Annual report on the working of the lock hospitals in the Central Provinces
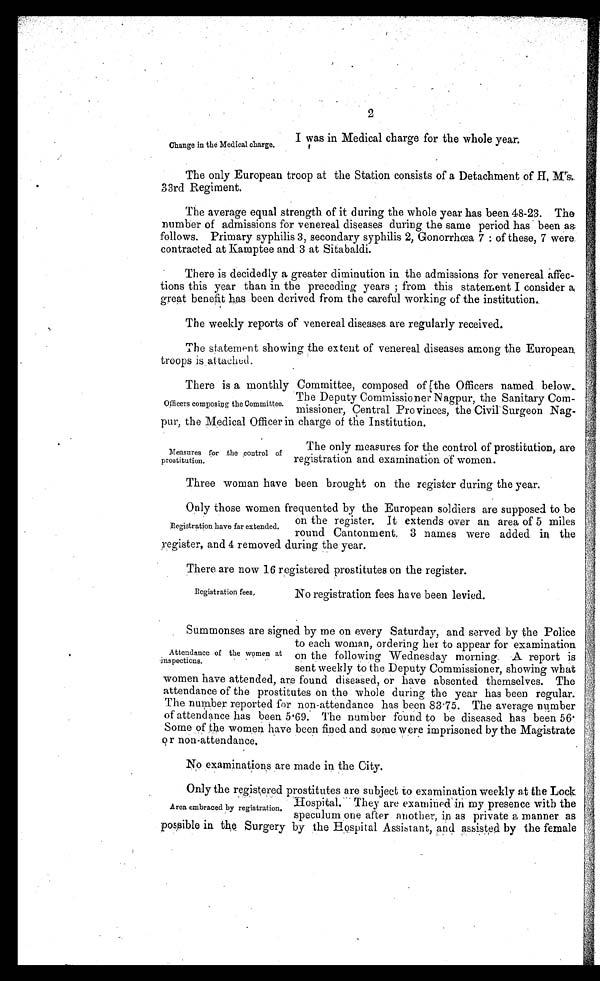
2
Change in the Medical charge,
I was in Medical charge for the whole year.
The only European troop at the Station consists of a Detachment of II, M's,
33rd Regiment.
The average equal strength of it during the whole year has been 48-23. The
number of admissions for venereal diseases during the same period has been as
follows. Primary syphilis 3, secondary syphilis 2, Gonorrhoea 7 : of these, 7 were
contracted at Kamptee and 3 at Sitabaldi.
There is decidedly a greater diminution in the admissions for venereal affec-
tions this year than in the preceding years from this statement I consider a
great benefit has been derived from the careful working of the institution..
The weekly reports of venereal diseases are regularly received.
The statement showing the extent of venereal diseases among the European
troops is attached.
There is a monthly Committee, composed of [the Officers named below..
The Deputy Commissioner Nagpur, the Sanitary Com-
missioner, Central Pro vinces, the Civil Surgeon Nag-
pur, the Medical Officer in charge of the Institution.
qEcers composing the Committee.
Measures for the control of
prostitution.
The only measures for the control of prostitution, are
registration and examination of women.
Three woman have been brought on the register during the year.
Only those women frequented by the European soldiers are supposed to be
on the register. It extends over an area of 5 miles
round Cantonment, 3 names were added in the
yegister, and 4 removed during the year.
There are now 16 registered prostitutes on the register.
Registration have far extended.
Registration fees,
No registration fees have been levied.
Summonses are signed by me on every Saturday, and served by the Police
to each woman, ordering her to appear for examination
on the following Wednesday morning. A report is
sent weekly to the Deputy Commissioner, showing what
women have attended, are found diseased, or have absented themselves. The
attendance of the prostitutes on the whole during the year has been regular.
The number. reported for non-attendance has been 83 . 75. The average number
of attendance has been. 5 . 69; The number found to be diseased has been 56.
Some of the women have been fined and some were imprisoned by the Magistrate
or non-attendance,
No examinations are made in the City.
Only the registered prostitutes are subject to examination weekly at the Lock
Hospital. They are examined in my presence with the
speculum one after another, in as private a manner as
possible in the Surgery by the Hospital Assistant, and assistO by the female
Attendance of the women at
inspections.
Area embraced by registration.